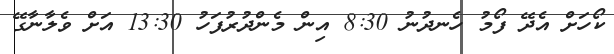
ކޯހަށް އެދޭ ފޯމު ހެނދުނު 8:30 އިން މެންދުރުފަހު 13:30 އަށް ވެލާނާގޭ